Scottish Certificate of Education, 1962
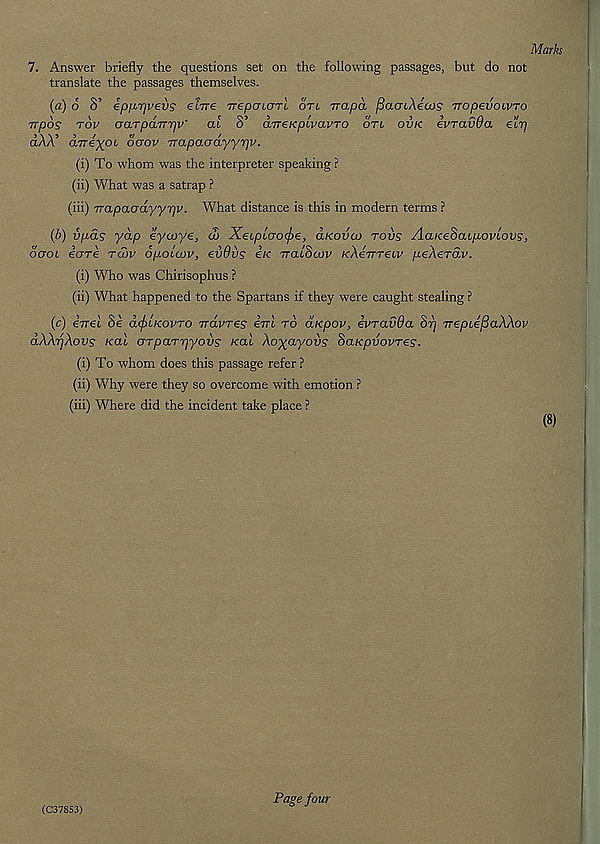
Marks
7. Answer briefly the questions set on the following passages, but do not
translate the passages themselves.
(a) 6 8’ ip/j-rjvevs elrre TTepoiarl otl rrapa fiacnAecos nopevoivTo
Trpos tov aarpdTTrjv' at 8’ dveKpcvavTo on ovk ivravda elij
aAA’ dvre^ot doov rrapaodyyrjv.
(i) To whom was the interpreter speaking ?
(ii) What was a satrap ?
(iii) Trapacrdyyrjv. What distance is this in modern terms ?
(b) vpas yap eycoye, <5 Xeipioocfre, aKova) tovs AaKeSaLp-oviovs,
oool core rcbv op-oLoov, evdvs etc TratSom KAeirreiv fteAerdn.
(i) Who was Chirisophus ?
(ii) What happened to the Spartans if they were caught stealing ?
(c) eVet Se dcjrLKovTo Trdvres em to dhcpov, ivravda Sp Trepte/SaAAon
dAArjAovg Kal arparpyovs /cat Ao^ayous' SaKpvovres.
(i) To whom does this passage refer ?
(ii) Why were they so overcome with emotion ?
(iii) Where did the incident take place ?
(8)
(C37853)
Page four